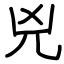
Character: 兇